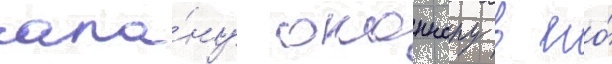
ала́ну оконнору в его́